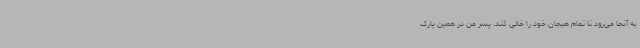
به آنجا می‌رود تا تمام هیجان خود را خالی کند. پسر من در همین پارک